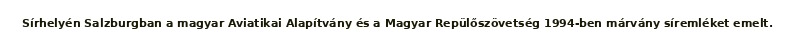
Sírhelyén Salzburgban a magyar Aviatikai Alapítvány és a Magyar Repülőszövetség 1994-ben márvány síremléket emelt.